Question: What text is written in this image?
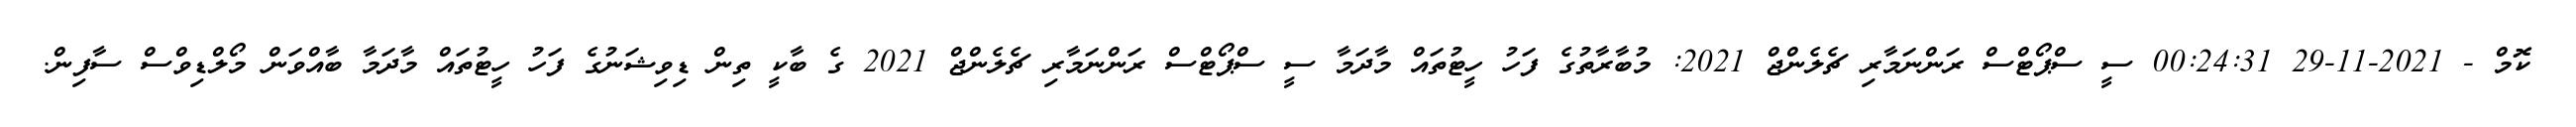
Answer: ކޮމް - 2021-11-29 00:24:31 ސީ ސްޕޯޓްސް ރަންނަމާރި ޗެލެންޖް 2021: މުބާރާތުގެ ފަހު ހީޓުތައް މާދަމާ ސީ ސްޕޯޓްސް ރަންނަމާރި ޗެލެންޖް 2021 ގެ ބާކީ ތިން ޑިވިޝަނުގެ ފަހު ހީޓުތައް މާދަމާ ބާއްވަން މޯލްޑިވްސް ސާފިން.